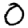
Digit: 0